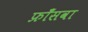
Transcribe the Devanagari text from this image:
फ्राँसवा